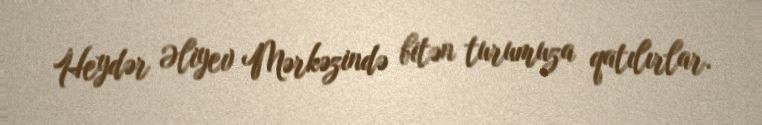
Heydər Əliyev Mərkəzində bitən turumuza qatılırlar.